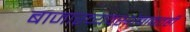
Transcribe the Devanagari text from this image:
बाजारव्यवस्थेबाबतही